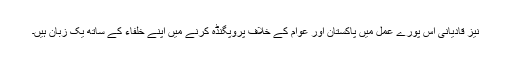
نیز قادیانی اس پورے عمل میں پاکستان اور عوام کے خلاف پروپگنڈہ کرنے میں اپنے خلفاء کے ساتھ یک زبان ہیں۔